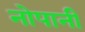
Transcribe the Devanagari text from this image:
नोपानी